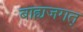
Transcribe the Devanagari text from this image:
बाह्यजगत्‌